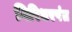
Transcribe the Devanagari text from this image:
गिरिधरपंत